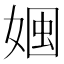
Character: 𡟏